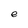
Character: e